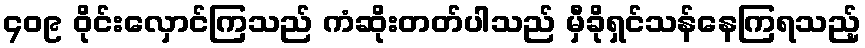
၄၀၉ ဝိုင်းလှောင်ကြသည် ကံဆိုးတတ်ပါသည် မှီခိုရှင်သန်နေကြရသည့်